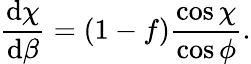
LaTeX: \frac{\mathrm d\chi}{\mathrm d\beta}=(1-f)\frac{\cos\chi}{\cos\phi}.